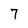
Character: 7